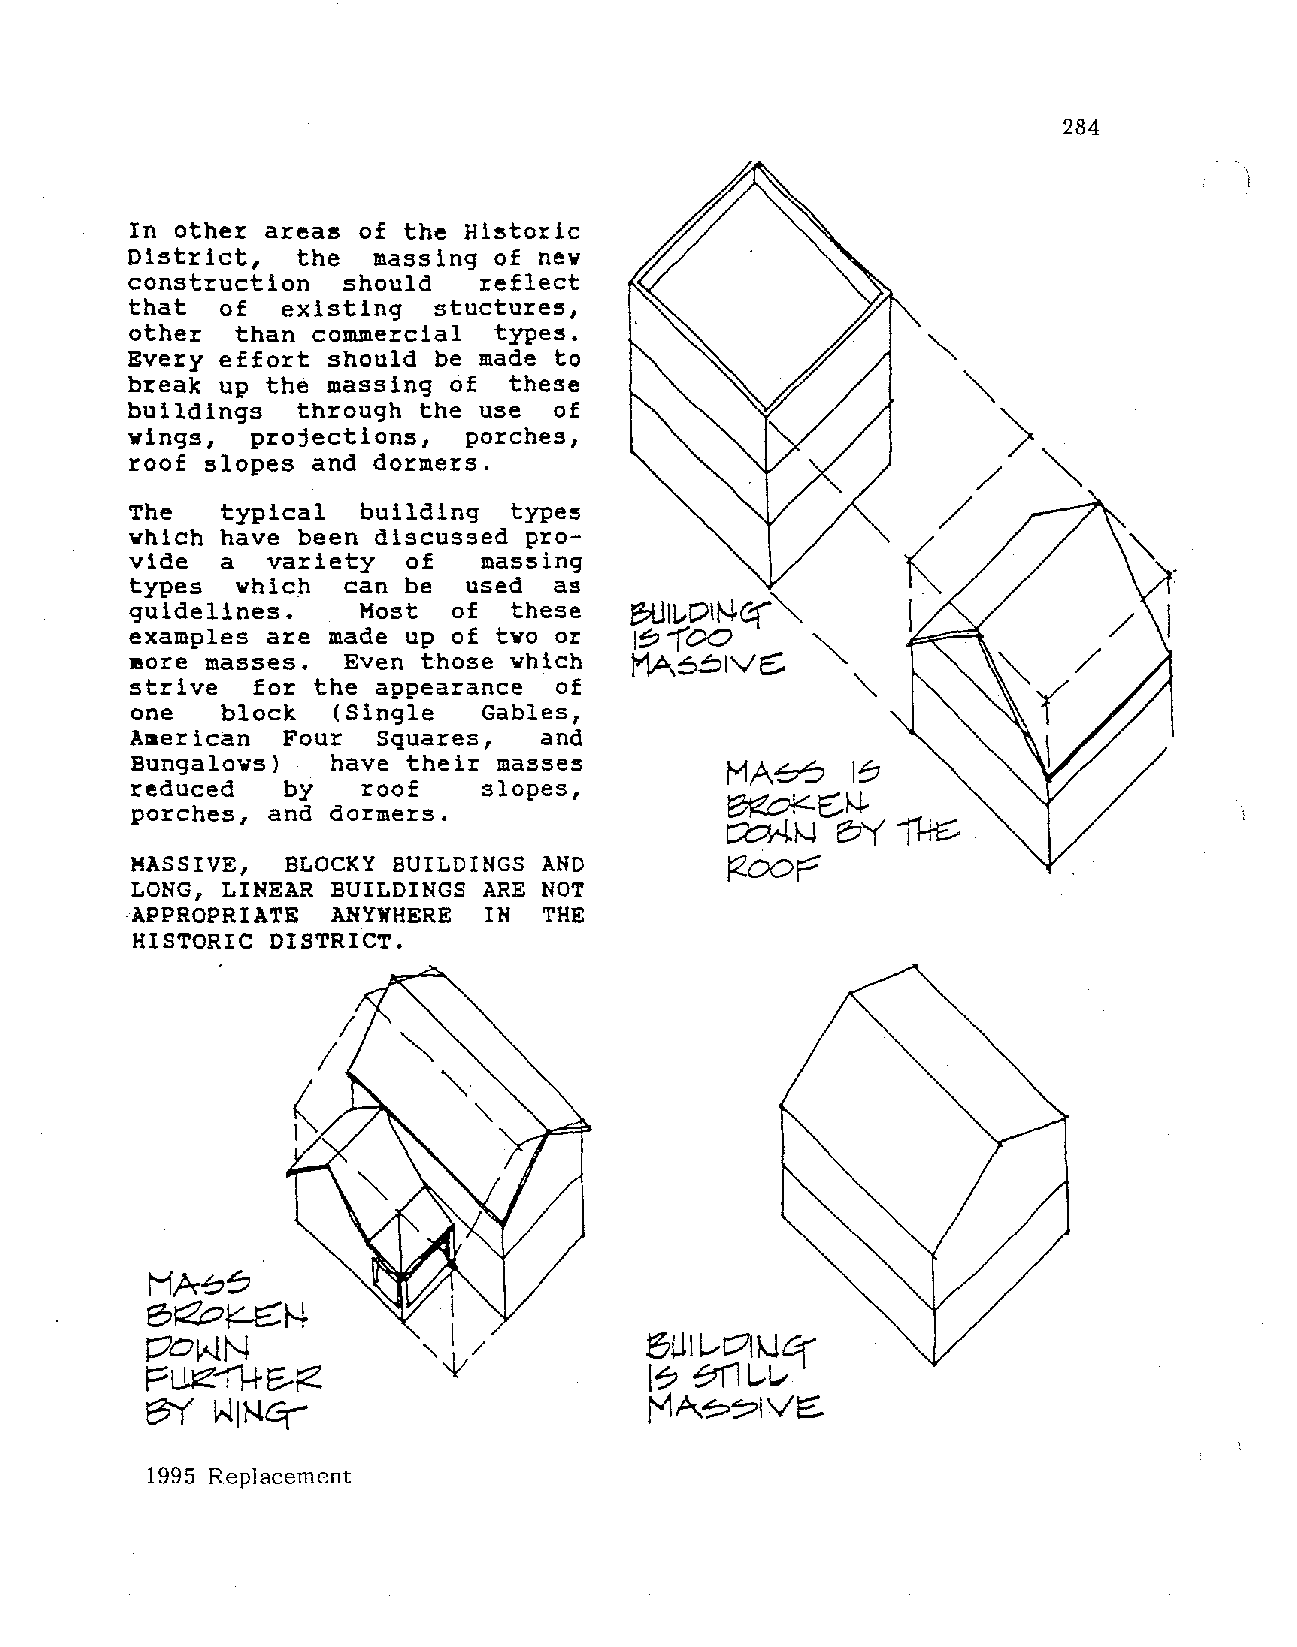
284
 In other areas of the Historic
 District,  the  massing of new
 construction  should   reflect
 that  of  existing  stuctures,
 other  than commercial  types.
 Every effort should be made to
 break up the massing of  these
 buildings  through the use  of
 wings,  projections,  porches,
 roof slopes and dormers.
 The   typical  building  types
 which have been discussed pro
 vide  a  variety  of   massing
 types  whic_h can be  used  as
 guidelines.    Most  of  these
 examples are made up of two or
 more masses.  Even those which
 strive  for the appearance  of
 one   block  (Single   Gables,
 American  Four  Squares,   and
 Bungalows)   have their masses                 IS
 MA~
 reduced   by   roof    slopes,
 porches, and dormers.                  ~C::.N­
 c:cH.l--IE?Yj1+t:::.
 MASSIVE,  BLOCKY BUILDINGS AND
 ~oor:
 LONG, LINEAR BUILDINGS ARE NOT
 APPROPRIATE  ANYWHERE  IN  THE
 HISTORIC DISTRICT.
 1995 Replacement